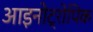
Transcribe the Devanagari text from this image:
आइनोट्रोपिक